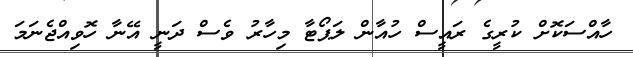
ހާއްސަކޮށް ކުރީގެ ރައީސް ހުއާން ލަޕޯޓާ މިހާރު ވެސް ދަނީ އޭނާ ހޮވިއްޖެނަމަ